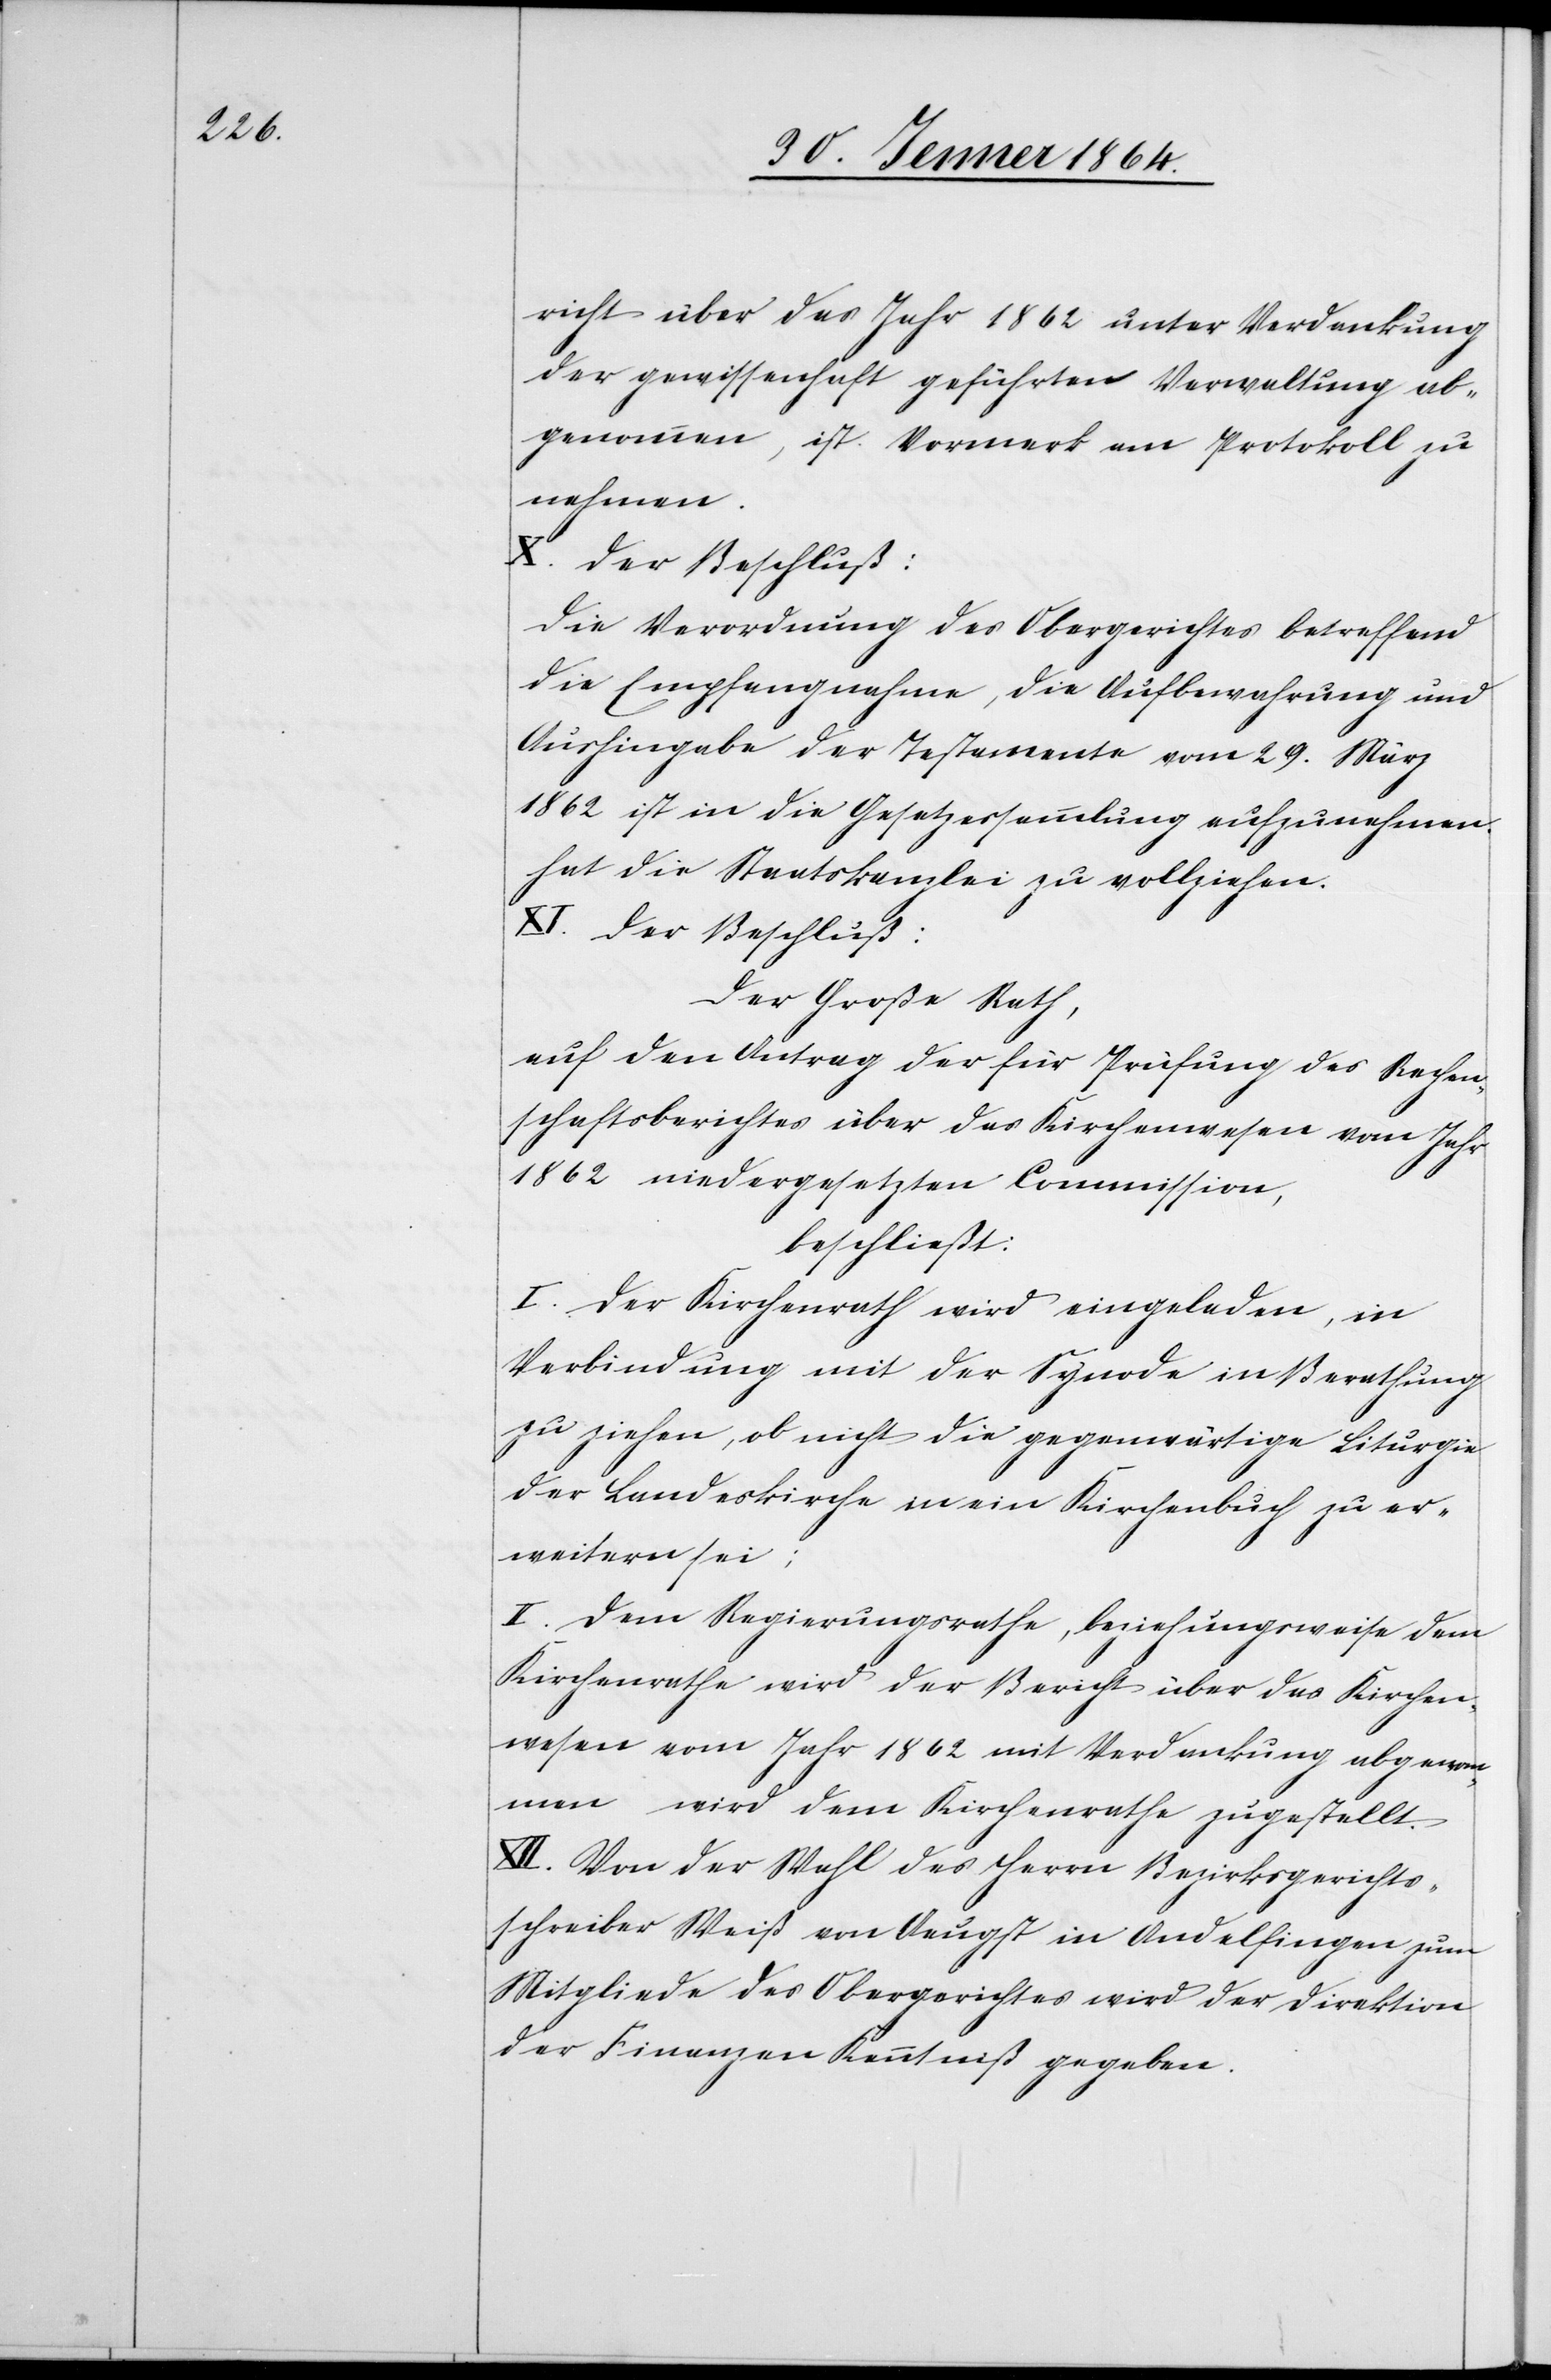
richt über das Jahr 1862 unter Verdankung
der gewissenhaft geführten Verwaltung ab¬
genommen, ist Vermerk am Protokoll zu
nehmen.
X. Der Beschluß:
Die Verordnung des Obergerichtes betreffend
die Empfangnahme, die Aufbewahrung und
Aushingabe der Testamente vom 29. März
1862 ist in die Gesetzessammlung aufzunehmen.
hat die Staatskanzlei zu vollziehen.
XI. Der Beschluß:
Der Große Rath,
auf den Antrag der für Prüfung des Rechen¬
schaftsberichtes über das Kirchenwesen vom Jahr
1862 niedergesetzten Commission,
beschließt:
I. Der Kirchenrath wird eingeladen, in
Verbindung mit der Synode in Berathung
zu ziehen, ob nicht die gegenwärtige Liturgie
der Landeskirche in ein Kirchenbuch zu er¬
weitern sei;
II. Dem Regierungsrathe, beziehungsweise dem
Kirchenrathe wird der Bericht über das Kirchen¬
wesen vom Jahr 1862 mit Verdankung abgenommen
wird dem Kirchenrathe zugestellt.
XII. Von der Wahl der Herrn Bezirksgerichts¬
schreiber Weiß von Aeugst in Andelfingen zum
Mitgliede des Obergerichtes wird der Direktion
der Finanzen Kenntniß gegeben.